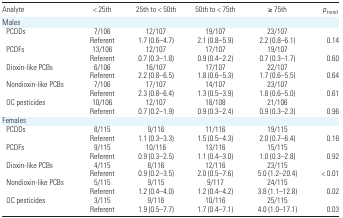
<table><thead><tr><td><b>Analyte</b></td><td><b>&lt; 25th</b></td><td><b>25th to &lt; 50th</b></td><td><b>50th to &lt; 75th</b></td><td><b>≥ 75th</b></td><td><b><i>p</i><sub>trend</sub></b></td></tr></thead><tbody><tr><td colspan="6">Males</td></tr><tr><td> PCDDs</td><td>7/106</td><td>12/107</td><td>19/107</td><td>23/107</td><td></td></tr><tr><td></td><td>Referent</td><td>1.7 (0.6–4.7)</td><td>2.1 (0.8–5.9)</td><td>2.2 (0.8–6.1)</td><td>0.14</td></tr><tr><td> PCDFs</td><td>13/106</td><td>12/107</td><td>17/107</td><td>19/107</td><td></td></tr><tr><td></td><td>Referent</td><td>0.7 (0.3–1.8)</td><td>0.9 (0.4–2.2)</td><td>0.7 (0.3–1.7)</td><td>0.60</td></tr><tr><td> Dioxin-like PCBs</td><td>6/106</td><td>16/107</td><td>17/107</td><td>22/107</td><td></td></tr><tr><td></td><td>Referent</td><td>2.2 (0.8–6.5)</td><td>1.8 (0.6–5.3)</td><td>1.7 (0.6–5.5)</td><td>0.64</td></tr><tr><td> Nondioxin-like PCBs</td><td>7/106</td><td>17/107</td><td>14/107</td><td>23/107</td><td></td></tr><tr><td></td><td>Referent</td><td>2.3 (0.8–6.4)</td><td>1.3 (0.5–3.9)</td><td>1.8 (0.6–5.0)</td><td>0.61</td></tr><tr><td> OC pesticides</td><td>10/106</td><td>12/107</td><td>18/108</td><td>21/106</td><td></td></tr><tr><td></td><td>Referent</td><td>0.7 (0.2–1.9)</td><td>0.9 (0.3–2.4)</td><td>0.9 (0.3–2.3)</td><td>0.96</td></tr><tr><td colspan="6">Females</td></tr><tr><td> PCDDs</td><td>8/115</td><td>9/116</td><td>11/116</td><td>19/115</td><td></td></tr><tr><td></td><td>Referent</td><td>1.1 (0.3–3.3)</td><td>1.5 (0.5–4.3)</td><td>2.0 (0.7–6.4)</td><td>0.16</td></tr><tr><td> PCDFs</td><td>9/115</td><td>10/116</td><td>13/116</td><td>15/115</td><td></td></tr><tr><td></td><td>Referent</td><td>0.9 (0.3–2.5)</td><td>1.1 (0.4–3.0)</td><td>1.0 (0.3–2.8)</td><td>0.92</td></tr><tr><td> Dioxin-like PCBs</td><td>4/115</td><td>8/116</td><td>12/116</td><td>23/115</td><td></td></tr><tr><td></td><td>Referent</td><td>0.9 (0.2–3.5)</td><td>2.0 (0.5–7.6)</td><td>5.0 (1.2–20.4)</td><td>&lt; 0.01</td></tr><tr><td> Nondioxin-like PCBs</td><td>5/115</td><td>9/115</td><td>9/117</td><td>24/115</td><td></td></tr><tr><td></td><td>Referent</td><td>1.2 (0.4–4.0)</td><td>1.2 (0.4–4.2)</td><td>3.8 (1.1–12.8)</td><td>0.02</td></tr><tr><td> OC pesticides</td><td>3/115</td><td>9/116</td><td>10/116</td><td>25/115</td><td></td></tr><tr><td></td><td>Referent</td><td>1.9 (0.5–7.7)</td><td>1.7 (0.4–7.1)</td><td>4.0 (1.0–17.1)</td><td>0.03</td></tr></tbody></table>